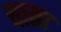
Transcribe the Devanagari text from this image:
चाता